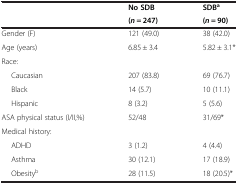
|  | No SDB | SDBa |
 |  | (n = 247) | (n = 90) |
 | --- | --- | --- |
 | Gender (F) | 121 (49.0) | 38 (42.0) |
 | Age (years) | 6.85 ± 3.4 | 5.82 ± 3.1* |
 | Race: |  |  |
 | Caucasian | 207 (83.8) | 69 (76.7) |
 | Black | 14 (5.7) | 10 (11.1) |
 | Hispanic | 8 (3.2) | 5 (5.6) |
 | ASA physical status (I/II,%) | 52/48 | 31/69* |
 | Medical history: |  |  |
 | ADHD | 3 (1.2) | 4 (4.4) |
 | Asthma | 30 (12.1) | 17 (18.9) |
 | Obesityb | 28 (11.5) | 18 (20.5)* |